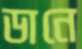
ডানে